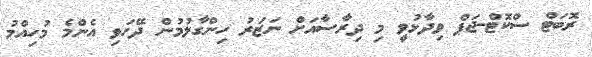
ރޮބަޓް ސްކޮޓް-ޖަޕް ވިދާޅުވީ މި ދިރާސާއަށް ނަޒަރު ހިންގާލުމުން ދޭހަވި އެންމެ މުހިއްމު